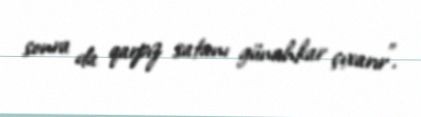
sonra da qarpız satanı günahkar çıxarır”.